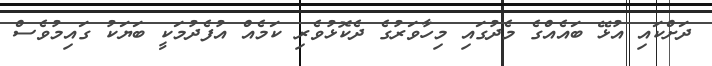
ދަށްކައި އުޅޭ ބައެއްގެ މެދުގައި މިހާވަރުގެ ދެކޮޅުވެރި ކަމެއް އުފެދުމަކީ ބަޔަކު ގައިމުވެސް